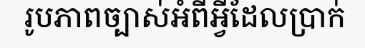
រូបភាពច្បាស់អំពីអ្វីដែលប្រាក់